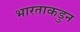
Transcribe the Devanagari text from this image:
भारताकडुन